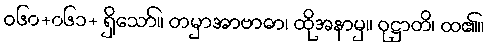
ဝ၆၀+၀၆၁+ ရှိသော်။ တမှာအာဗာဓာ၊ ထိုအနာမှ။ ဝုဋ္ဌာတိ၊ ထ၏။